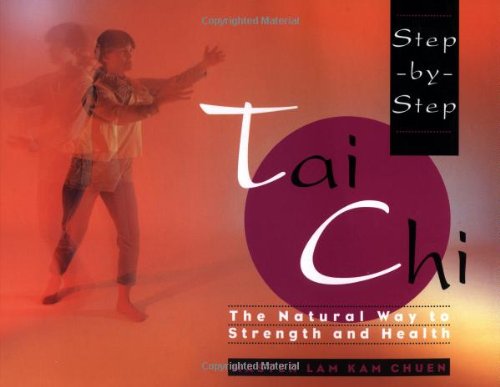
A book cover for Step-By-Step Tai Chi; Master Lam Kam-Chuen; Health, Fitness & Dieting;